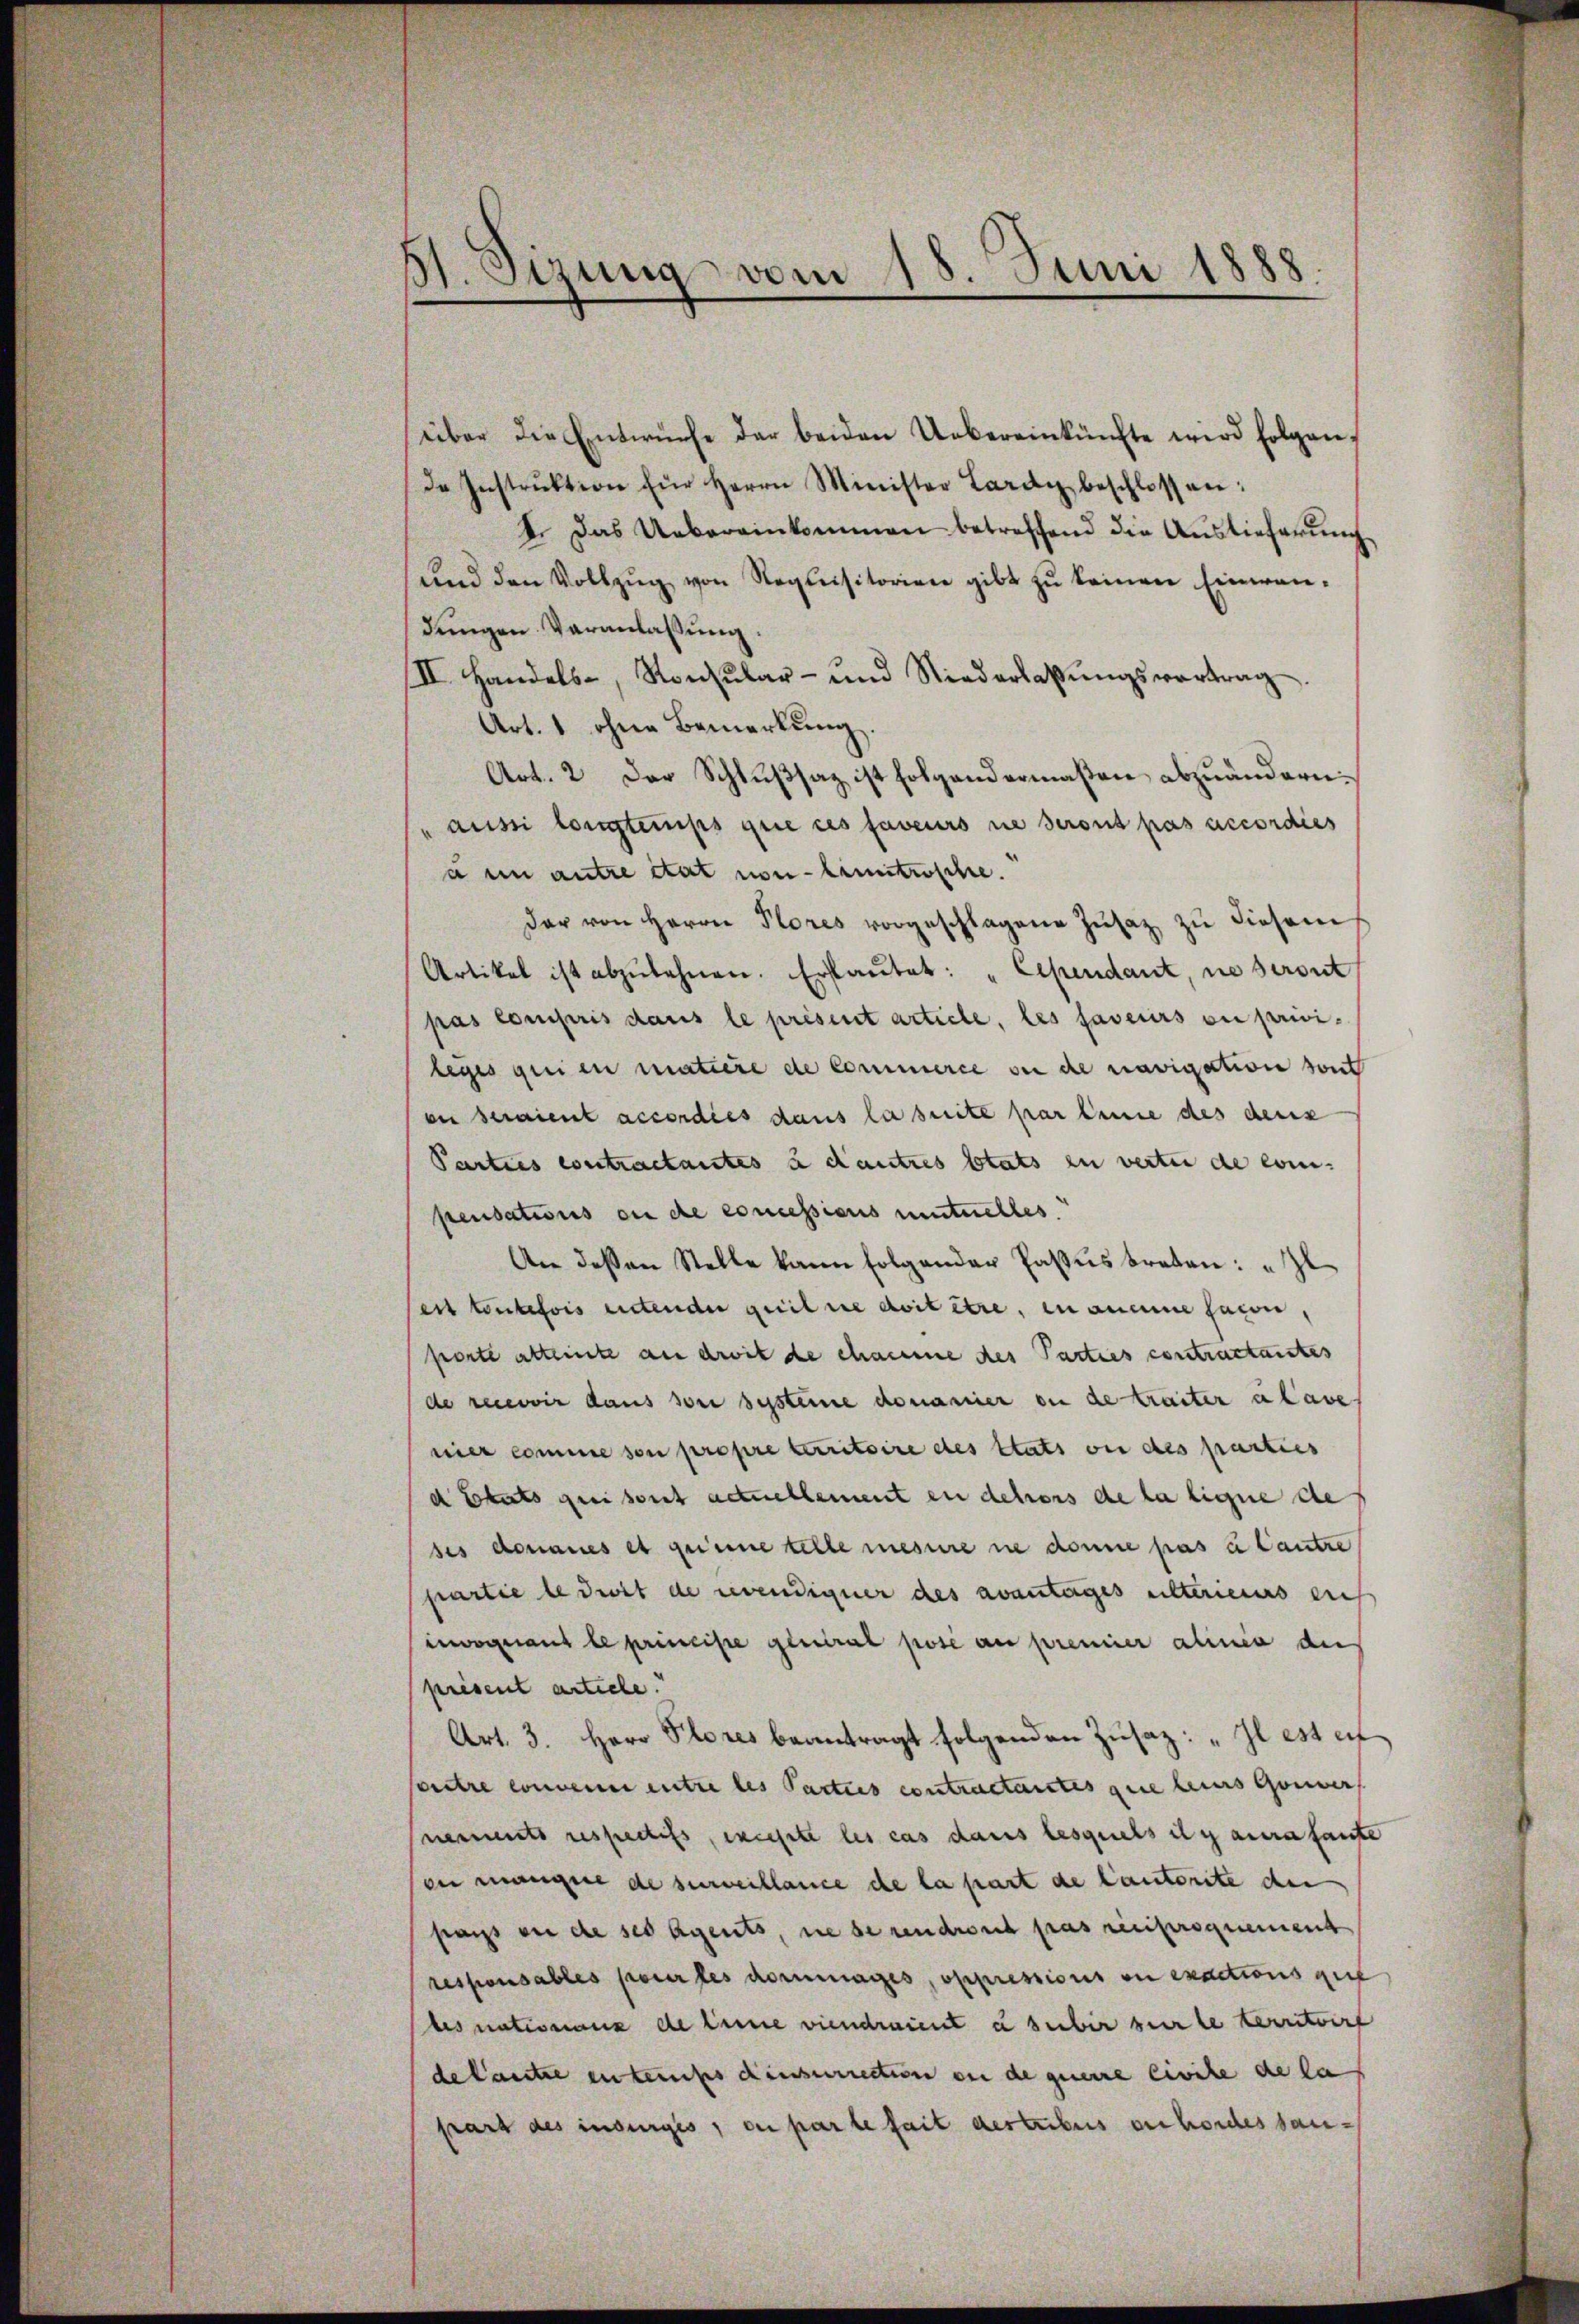
St. Sizung vom 15. Juni 1888.

über die Entwürfe der beiden Uebereinkünfte wird folgen,
de Instrŭktion für Herrn Minister Lardy beschlossen:
I. Das Uebereinkommen betreffend die Auslieferung
und den Vollzug von Requisitorien gibt zu keinen Einwandungen Veranlassung.
II. Handels-, Konsŭlar- und Niederlassŭngsvortrag
Art. 1 ohne Bemerkung.
Art. 2 der Schlußsaz ist folgendermaßen abzuändern.
aussi longtemps que ces faveurs ne seront pas accordies
à in antre état non-Linutrosche.
dar von Herrn Plores vorgeschlagene Zŭsatz zŭ diesem
Artikel ist abzulehnen. Erfaŭtet: „Cependant, ne seront
pas compris dans le présent article, les faveurs ou privi-
leges qui en matière de Commerce ou de navigatione sont
on seraient accordies dans la breite par Einne des deux
Parties contractantes à d’autres Etats zu verten die even-
pensations ou de concessions mittelles.
An dessen Stelle kann folgender Passus braten: „Il
ent toutefois entender quilie doit être, in aneine sain,
porte alternte an droit de chamme des Parties contractanstes
de recevoir dans son systeme donavier ou de traiter alave
nier comme son propre Caritoire des Stats von des parties
d Etats geei sont actuellement en dehors de la ligne de
ses donaues et geinne telle mesure nie donne pas in Cantze
partie le dort de revendigner des avantages eilterieurs auf
invogeant le principe general posé au premier alinia der
present article.
Art. 3. Herr Plores beantragt folgenden Zusatz: „Il est erf
vitre convenir entre les Parties contractantes que leis Gouver
ements respectifs, weste les cas dans lesquels il y aura fante
enn mangere de surveillance che la part de lautorite de
pas an de ses Agents, wie de rendroit pas reciproquement
ressionsables pour les dommages, oppressions ou exactions gut
tis nationens de seine viendraient u subir verle territoire
de kantie enteufes dieserrection ou de geneine Civile de la
part des insurges, ou par le fait destribus erfordes san¬